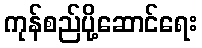
ကုန်စည်ပို့ဆောင်ရေး